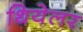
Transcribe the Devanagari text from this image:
थियेलर